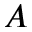
A